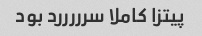
پیتزا کاملا سرررررد بود